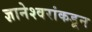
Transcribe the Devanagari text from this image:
ज्ञानेश्वरांकडून